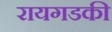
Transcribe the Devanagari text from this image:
रायगडकी